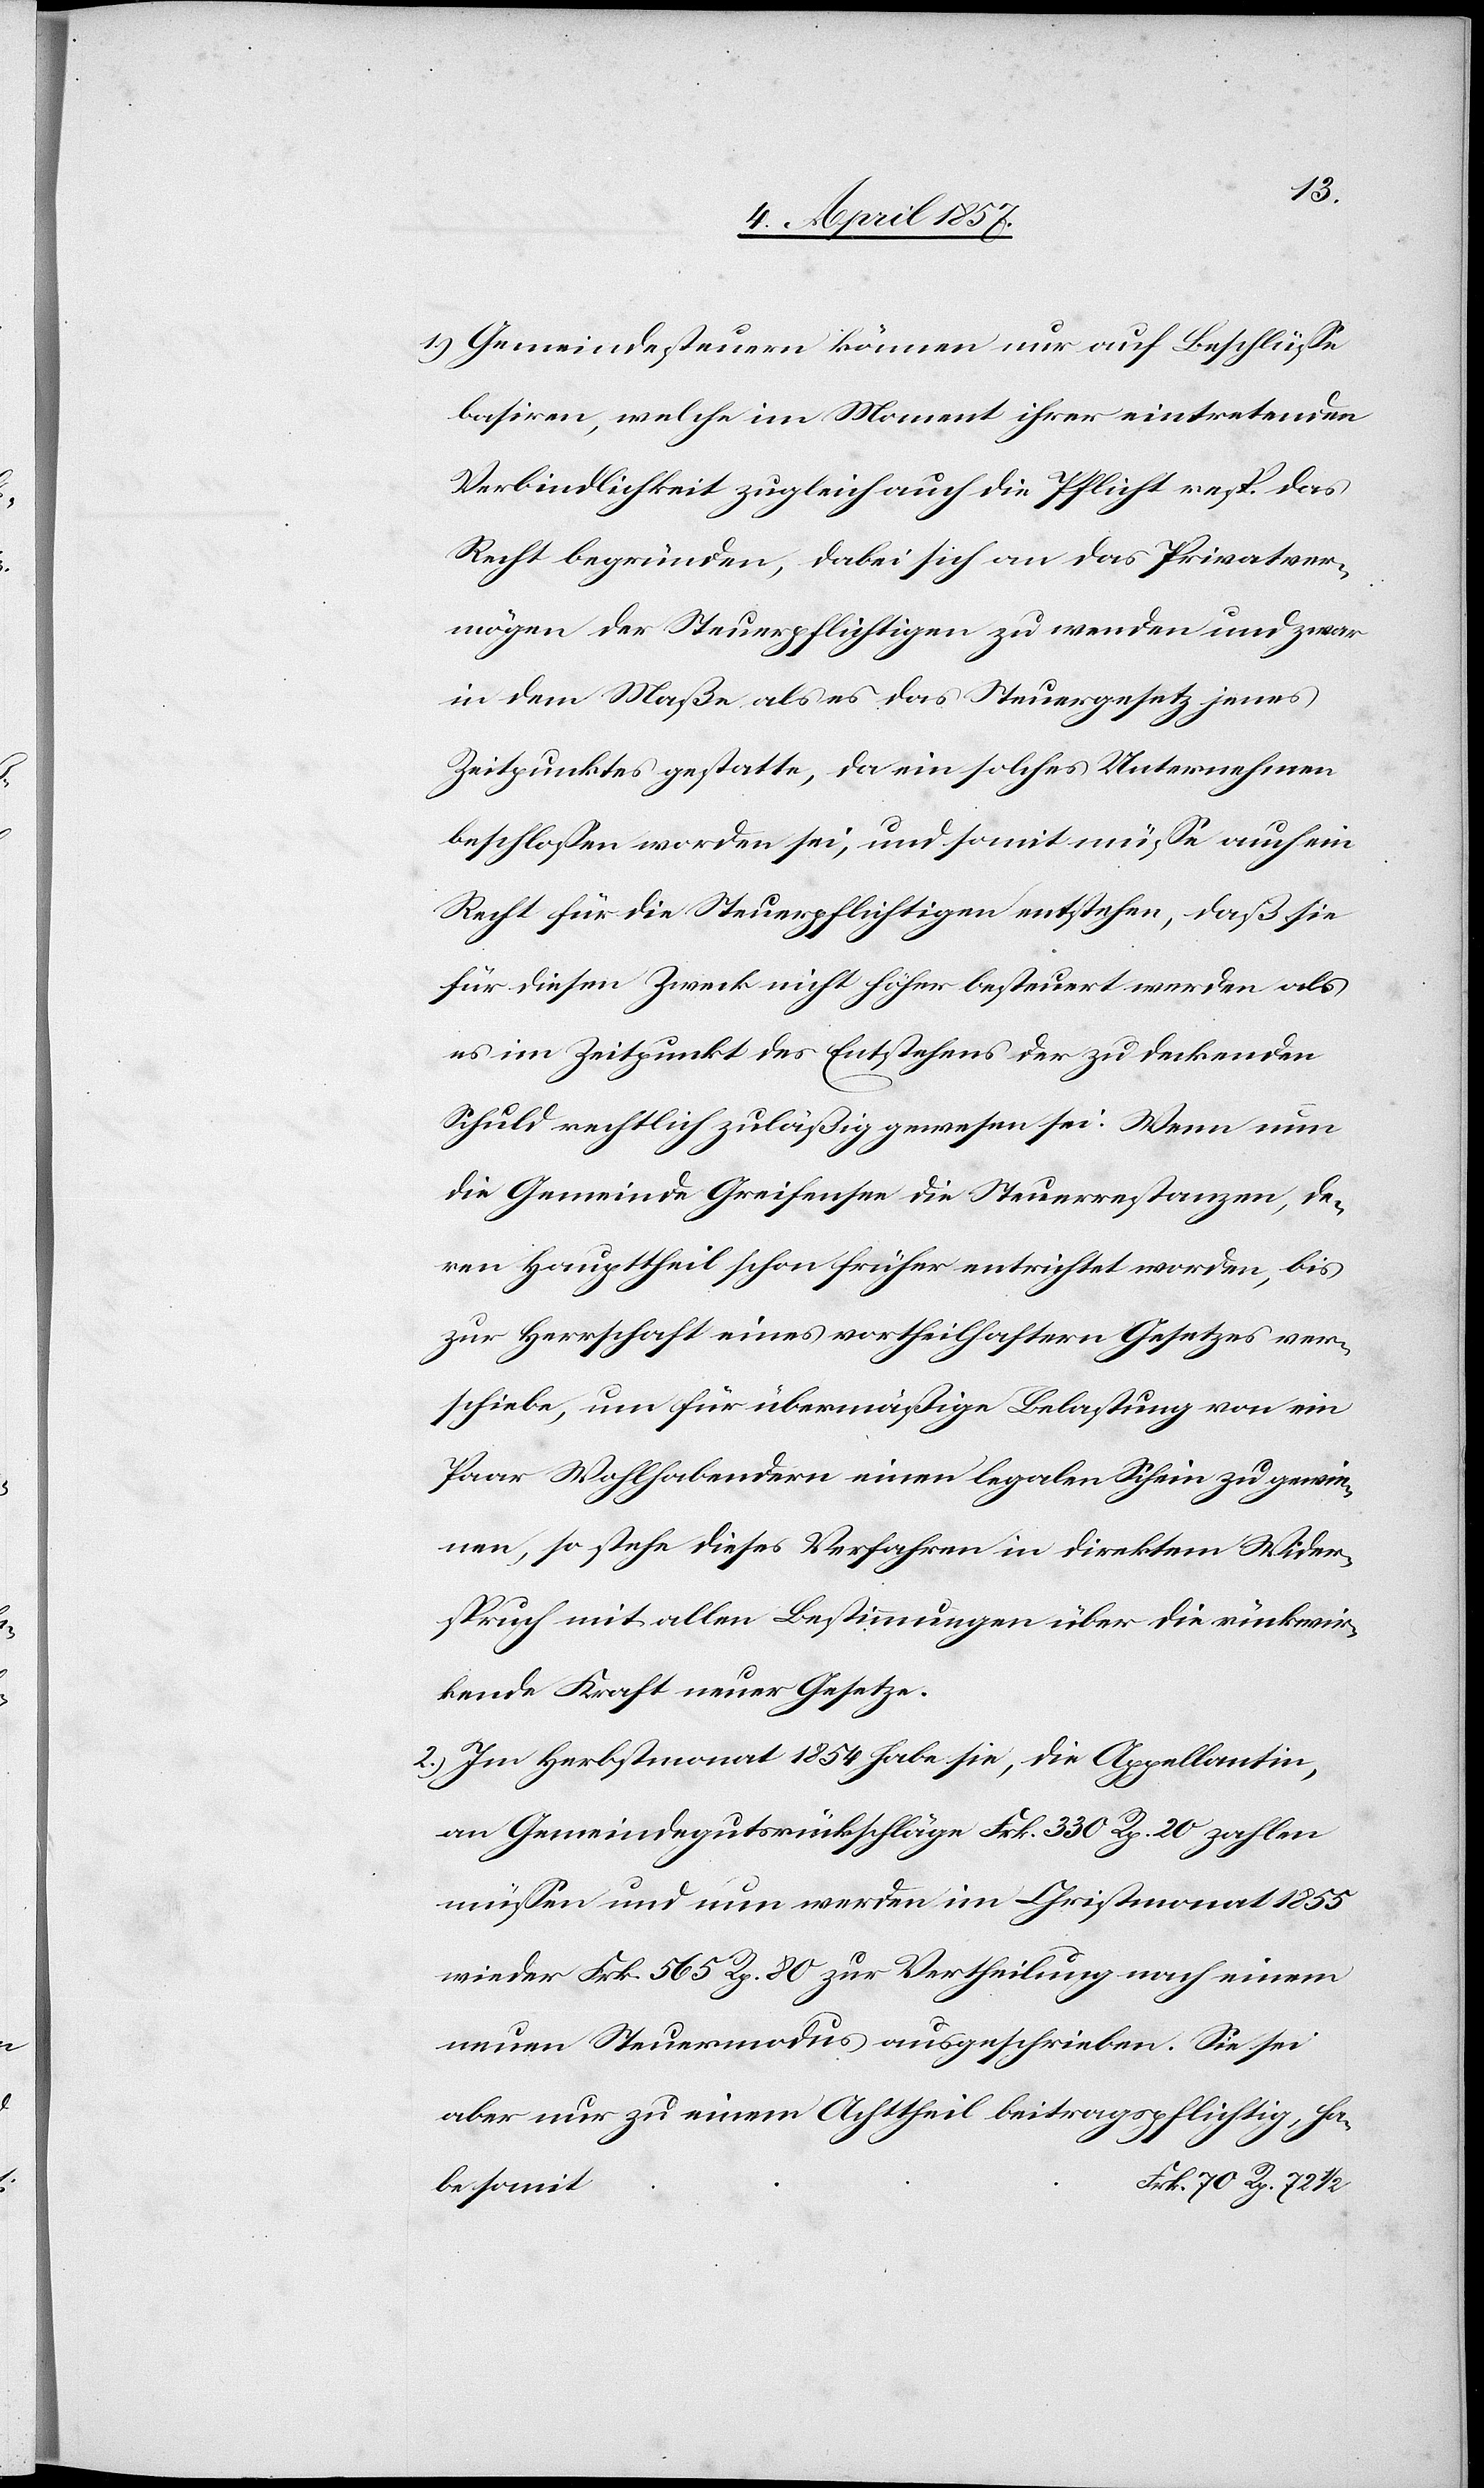
1.) Gemeindesteuern können nur auf Beschlüsse
basiren, welche im Moment ihrer eintretenden
Verbindlichkeit zugleich auch die Pflicht resp. das
Recht begründen, dabei sich an das Privatver¬
mögen der Steuerpflichtigen zu wenden und zwar
in dem Maße als es das Steuergesetz jenes
Zeitpunktes gestatte, da ein solches Unternehmen
beschlossen worden sei, und somit müsse auch ein
Recht für die Steuerpflichtigen entstehen, daß sie
für diesem Zweck nicht höher besteuert werden als
es im Zeitpunkt des Entstehens der zu deckenden
Schuld rechtlich zuläßig gewesen sei. Wenn nun
die Gemeinde Greifensee die Steuerrestanzen, de¬
ren Haupttheil schon früher entrichtet worden, bis
zur Herrschaft eines vortheilhaftern Gesetzes ver¬
schiebe, um für übermäßige Belastung von ein
Paar Wohlhabendern einen legalen Schein zu gewin¬
nen, so stehe dieses Verfahren in direktem Wider¬
spruch mit allen Bestimmungen über die rückwir¬
kende Kraft neuer Gesetze.
2.) Im Herbstmonat 1854 habe sie, die Appellantin,
an Gemeindegutsrückschläge Frk. 330 Rp. 20 zahlen
müssen und nun werden im Christmonat 1855
wieder Frk. 565 Rp. 80 zur Vertheilung nach einem
neuen Steuermodus ausgeschrieben. Sie sei
aber nur zu einem Achttheil beitragspflichtig, ha¬
t	Frk. 70 Rp. 72
be somi¬